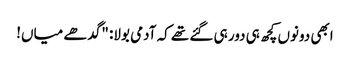
ابھی دونوں کچھ ہی دور ہی گئے تھے کہ آدمی بولا: "گدھے میاں!